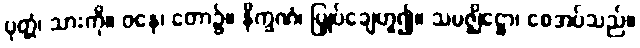
ပုတ္တံ၊ သားကို။ ဝနေ၊ တော၌။ နိက္ခဏံ၊ မြှုပ်ချေဟူ၍။ သမဇ္ဈိဋ္ဌော၊ စေအပ်သည်။